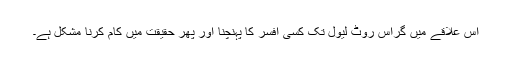
اس علاقے میں گراس روٹ لیول تک کسی افسر کا پہنچنا اور پھر حقیقت میں کام کرنا مشکل ہے۔